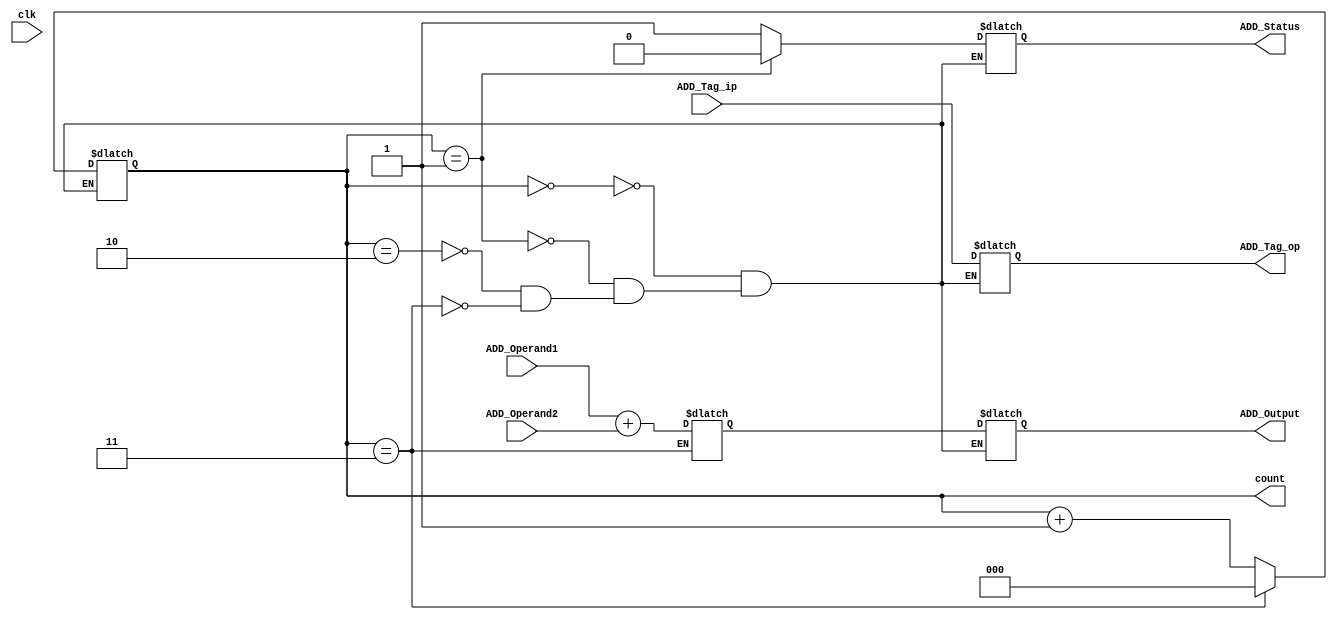
module Adder_Unit(
count, 
ADD_Status,
 ADD_Output,
 ADD_Tag_op,
 ADD_Tag_ip,
 ADD_Operand1,
 ADD_Operand2,
 clk
 );

output reg ADD_Status;
output reg [7:0] ADD_Output;
output reg [2:0] ADD_Tag_op;

output reg [2:0] count=3'b0;
reg [2:0] i;

input wire [2:0] ADD_Tag_ip;
input wire [7:0] ADD_Operand1;
input wire [7:0] ADD_Operand2;
input wire clk;

//integer count1;
//integer count2;
reg [7:0] Source_array1 [3:0];
reg [7:0] Source_array2 [3:0];
reg [7:0] ADD_Buffer;

always @(clk)
	begin
			case (count)
			
			3'b000 : 		begin
						//ADD_Buffer = ADD_Operand1 + ADD_Operand2;
						ADD_Status = 1'b1;
						count = count+1;
						ADD_Output=8'bz;
						ADD_Tag_op=3'bz;
						end
			
			3'b001 : 		begin
						//ADD_Buffer = ADD_Operand1 + ADD_Operand2;
						ADD_Status = 1'b0;
						ADD_Output = ADD_Operand1 + ADD_Operand2;
						ADD_Output = ADD_Buffer;
						ADD_Tag_op = ADD_Tag_ip;
						count = count+1;
					
						end
						
			3'b010 : 		begin
						
						ADD_Status = 1'b1;
						//ADD_Buffer = ADD_Operand1 + ADD_Operand2;
						
						ADD_Output=8'bz;
						ADD_Tag_op=3'bz;
						count = count+1;
						end
			
			3'b011 : 		begin
					   ADD_Buffer = ADD_Operand1 + ADD_Operand2;
						count = 3'b0;
						ADD_Status = 1'b1;
						ADD_Output=8'bz;
                  ADD_Tag_op=3'bz;
						end
			
			endcase
	end
	

endmodule